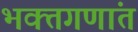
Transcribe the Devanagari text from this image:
भक्तगणांत